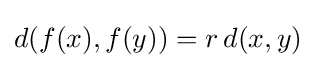
d(f(x),f(y))=r\,d(x,y)